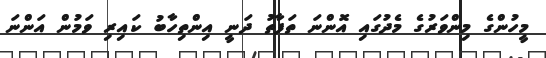
މީހުންގެ މިންވަރުގެ މެދުގައި އޮންނަ ތަފާތު ދަނީ އިންތިހާބު ކައިރި ވަމުން އަންނަ